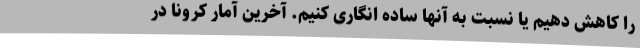
را کاهش دهیم یا نسبت به آنها ساده انگاری کنیم. آخرین آمار کرونا در